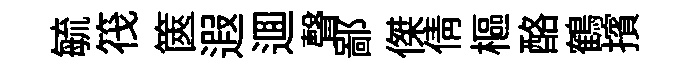
毓筏篋遐逥聲鄙傑倩樞酪鶴擯